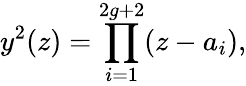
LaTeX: y^{2}(z)=\prod_{i=1}^{2g+2}(z-a_{i}),